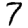
Digit: 7